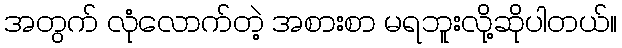
အတွက် လုံလောက်တဲ့ အစားစာ မရဘူးလို့ဆိုပါတယ်။